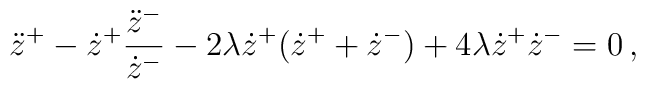
\ddot{z}^{+} - \dot{z}^{+}\frac{\ddot{z}^{-}}{\dot{z}^{-}}- 2\lambda \dot{z}^{+}(\dot{z}^{+}+\dot{z}^{-}) + 4\lambda \dot{z}^{+}\dot{z}^{-} = 0 \,,